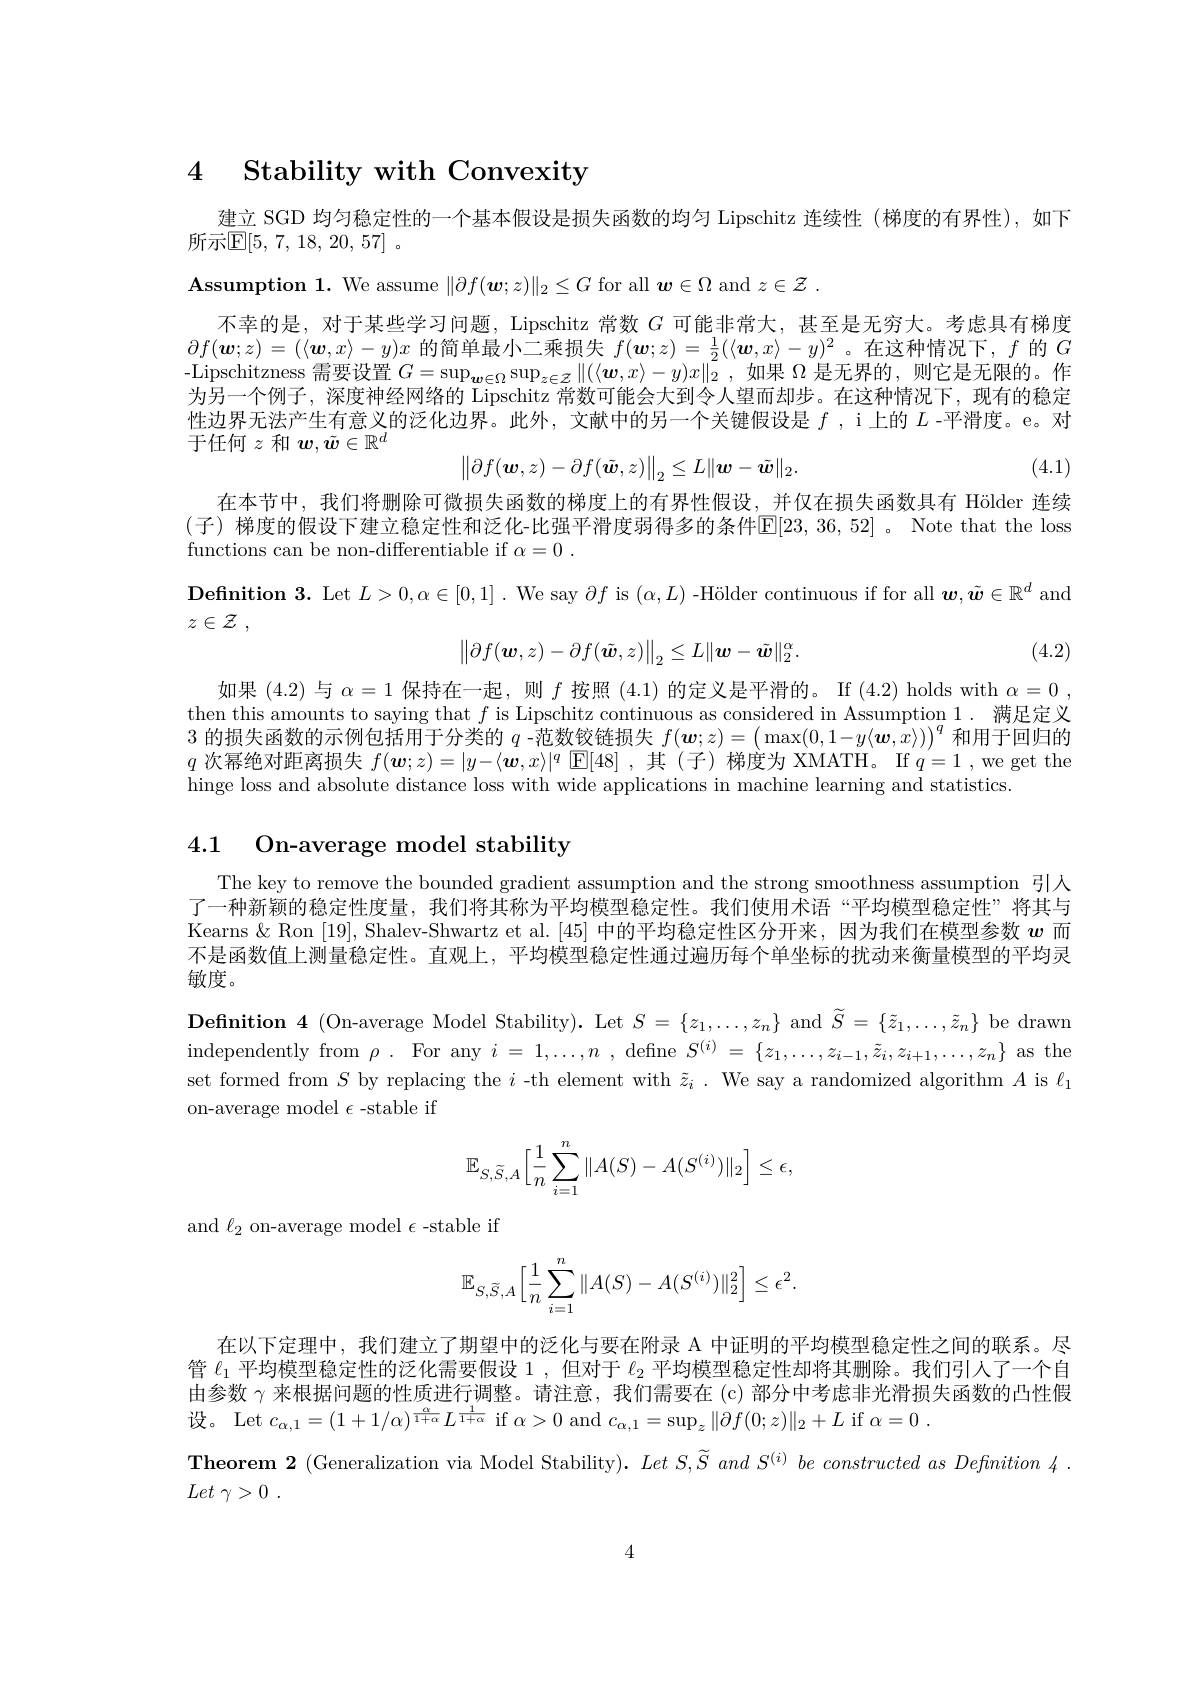
# 4 Stability with Convexity

建立 SGD 均匀稳定性的一个基本假设是损失函数的均匀 Lipschitz 连续性 (梯度的有界性),如下

所示$\mathbb{E} [ 5$, 7, 18, 20, 57] .

$\mathbf{Assumption~1.~}$ We assume $\|\partial f(\boldsymbol{w};z)\|_2\leq G$ for all $\boldsymbol{w}\in\Omega$ and $z\in\mathcal{Z}.$
不幸的是，对于某些学习问题，Lipschitz 常数$G$可能非常大，甚至是无穷大。考虑具有梯度$\partial f(\boldsymbol{w};z)=(\langle\boldsymbol{w},x\rangle-y)x$的简单最小二乘损失$f(\boldsymbol{w};z)=\frac12(\langle\boldsymbol{w},x\rangle-y)^2$ 。在这种情况下，$f$的$G$ -Lipschitzness 需要设置$G=\sup_{\boldsymbol{w}\in\Omega}\sup_{z\in\mathcal{Z}}\|(\langle\boldsymbol{w},x\rangle-y)x\|_{2}^{2}$,如果$\Omega$是无界的，则它是无限的。作为另一个例子，深度神经网络的 Lipschitz 常数可能会大到令人望而却步。在这种情况下，现有的稳定性边界无法产生有意义的泛化边界。此外，文献中的另一个关键假设是$f$ ,i 上的$L$ -平滑度。e。对于任何$z$和$\boldsymbol w,\tilde{\boldsymbol{w}}\in\mathbb{R}^d$
$$\left\|\partial f(\boldsymbol{w},z)-\partial f(\tilde{\boldsymbol{w}},z)\right\|_2\leq L\|\boldsymbol{w}-\tilde{\boldsymbol{w}}\|_2.$$
(4.1)

在本节中，我们将删除可微损失函数的梯度上的有界性假设，_并仅在损失函数具有 Hölder 连续(子)梯度的假设下建立稳定性和泛化-比强平滑度弱得多的条件$\operatorname{E}[23,36,52]$。Note that the loss functions can be non-differentiable if $\alpha = 0$ .
$\textbf{Definition 3. Let }L> 0, \alpha \in [ 0, 1] .$ We say $\partial f$ is $(\alpha,L)$ -Hölder continuous if for all $\boldsymbol{w},\tilde{\boldsymbol{w}}\in\mathbb{R}^d$ and
$z\in \mathcal{Z}$ ,
$$\left\|\partial f(\boldsymbol{w},z)-\partial f(\tilde{\boldsymbol{w}},z)\right\|_2\leq L\|\boldsymbol{w}-\tilde{\boldsymbol{w}}\|_2^\alpha.$$
(4.2)

如果(4.2)与$\alpha=1$保持在一起，则$f$按照(4.1)的定义是平滑的。If (4.2) holds with $\alpha=0$ , $\begin{array}{cc}\text{then this amounts to saying that }f\text{ is Lipschitz continuous as considered in Assumption }1.&\text{满足定义}\\3&\text{的损失函数的示例包括用于分类的 }q\text{ -范数铰链损失 }f(\boldsymbol{w};z)=\left(\max(0,1-y\langle\boldsymbol{w},x\rangle)\right)^q\text{和用于回归的}\end{array}$ $q$次幂绝对距离损失$f(\boldsymbol w;z)=|y-\langle\boldsymbol{w},x\rangle|^q$ $\boxed{\mathrm{E}}[48]$ ,其 (子)梯度为 XMATH。If $q=1$ ,we get the hinge loss and absolute distance loss with wide applications in machine learning and statistics

4.1 On-average model stability

The key to remove the bounded gradient assumption and the strong smoothness assumption 引人了一种新颖的稳定性度量，我们将其称为平均模型稳定性。我们使用术语“平均模型稳定性”将其与Kearns & Ron [19], Shalev-Shwartz et al.[45] 中的平均稳定性区分开来，因为我们在模型参数$w$而不是函数值上测量稳定性。直观上，平均模型稳定性通过遍历每个单坐标的扰动来衡量模型的平均灵敏度。
Definition 4 (On-average Model Stability). Let $S=\{z_1,\ldots,z_n\}$ and $\widetilde{S}=\{\tilde{z}_1,\ldots,\tilde{z}_n\}$ be drawn independently from $\rho .$ For any $i= 1, \ldots , n$ , defne $S^(i)=\{z_1,\ldots,z_{i-1},\tilde{z}_{i},z_{i+1},\ldots,z_{n}\}$ as the set formed from $S$ by replacing the $i$ -th element with $\tilde{z}_i.$ We say a randomized algorithm $A$ is $\ell_1$ on-average model $\epsilon$-stable if
$$\mathbb{E}_{S,\widetilde{S},A}\Big[\dfrac{1}{n}\sum\limits_{i=1}^{n}\|A(S)-A(S^{(i)})\|_{2}\Big]\leq\epsilon,$$
and $\ell_{2}$ on-average model $\epsilon$-stable if
$$\mathbb{E}_{S,\widetilde{S},A}\Big[\dfrac{1}{n}\sum_{i=1}^n\|A(S)-A(S^{(i)})\|_2^2\Big]\leq\epsilon^2.$$
在以下定理中，我们建立了期望中的泛化与要在附录 A 中证明的平均模型稳定性之间的联系。尽管$\ell_1$平均模型稳定性的泛化需要假设 1,但对于$\ell_2$平均模型稳定性却将其删除。我们引人了一个自由参数$\gamma$来根据问题的性质进行调整。请注意，我们需要在 (c)部分中考虑非光滑损失函数的凸性假设。Let $c_\alpha,1=(1+1/\alpha)^{\frac{\alpha}{1+\alpha}}L^{\frac{1}{1+\alpha}}$ if $\alpha>0$ and $c_\alpha,1=\sup_z\|\partial f(0;z)\|_2+L$ if $\alpha=0.$
Theorem 2 (Generalization via Model Stability). $LetS,\widetilde{S}$ and $S^( i) \textit{be constructed as Defnition 4}.$
Let $\gamma > 0$ .

4